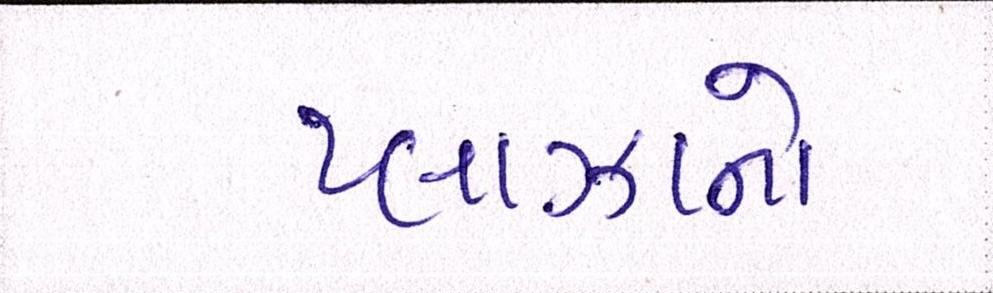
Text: પ્લાઝાનો